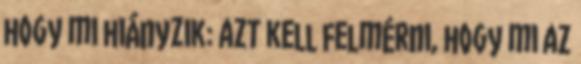
hogy mi hiányzik: azt kell felmérni, hogy mi az